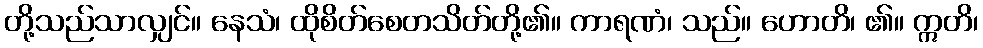
တို့သည်သာလျှင်။ နေသံ၊ ထိုစိတ်စေတသိတ်တို့၏။ ကာရဏံ၊ သည်။ ဟောတိ၊ ၏။ ဣတိ၊